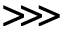
\ggg